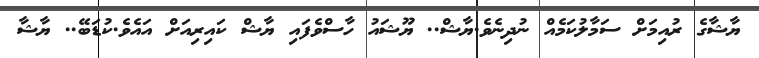
ޔާޝާގެ ރުއިމަށް ސަމާލުކަމެއް ނުދިނެވެ.ޔާޝް.. ޔޫޝައު ހާސްވެފައި ޔާޝް ކައިރިއަށް އައެވެ.ކުޑަބޭ.. ޔާޝާ